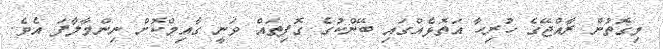
މިގޮތުން ރާއްޖޭގެ ހުރިހާ އަތޮޅެއްގައި ބޭންކުގެ ގޮފިތައް ވަނީ ގާއިމްކޮށް ނިންމާލާފަ އެވެ.